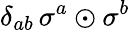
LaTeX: \delta_{ab}\, \sigma^{a}\odot\sigma^{b}